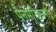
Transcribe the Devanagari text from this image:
पैनमेरिकाना